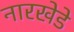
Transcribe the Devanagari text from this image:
नारखेडे